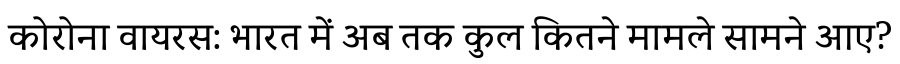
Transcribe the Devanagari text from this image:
कोरोना वायरस: भारत में अब तक कुल कितने मामले सामने आए?